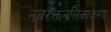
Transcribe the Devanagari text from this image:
नवरक्तनलिकाकरण